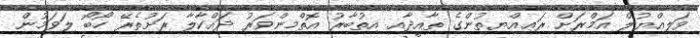
ވަލިއްޔުލް އަމްރަށް ރަޢިއްޔތުންގެ ތާއީދާއި އިތުބާރު އޮތްމިންވަރު ދައްކާލާ ރަށުތެރޭ ހޯބޯ ލަވަމުން